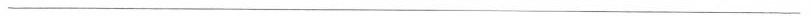
___